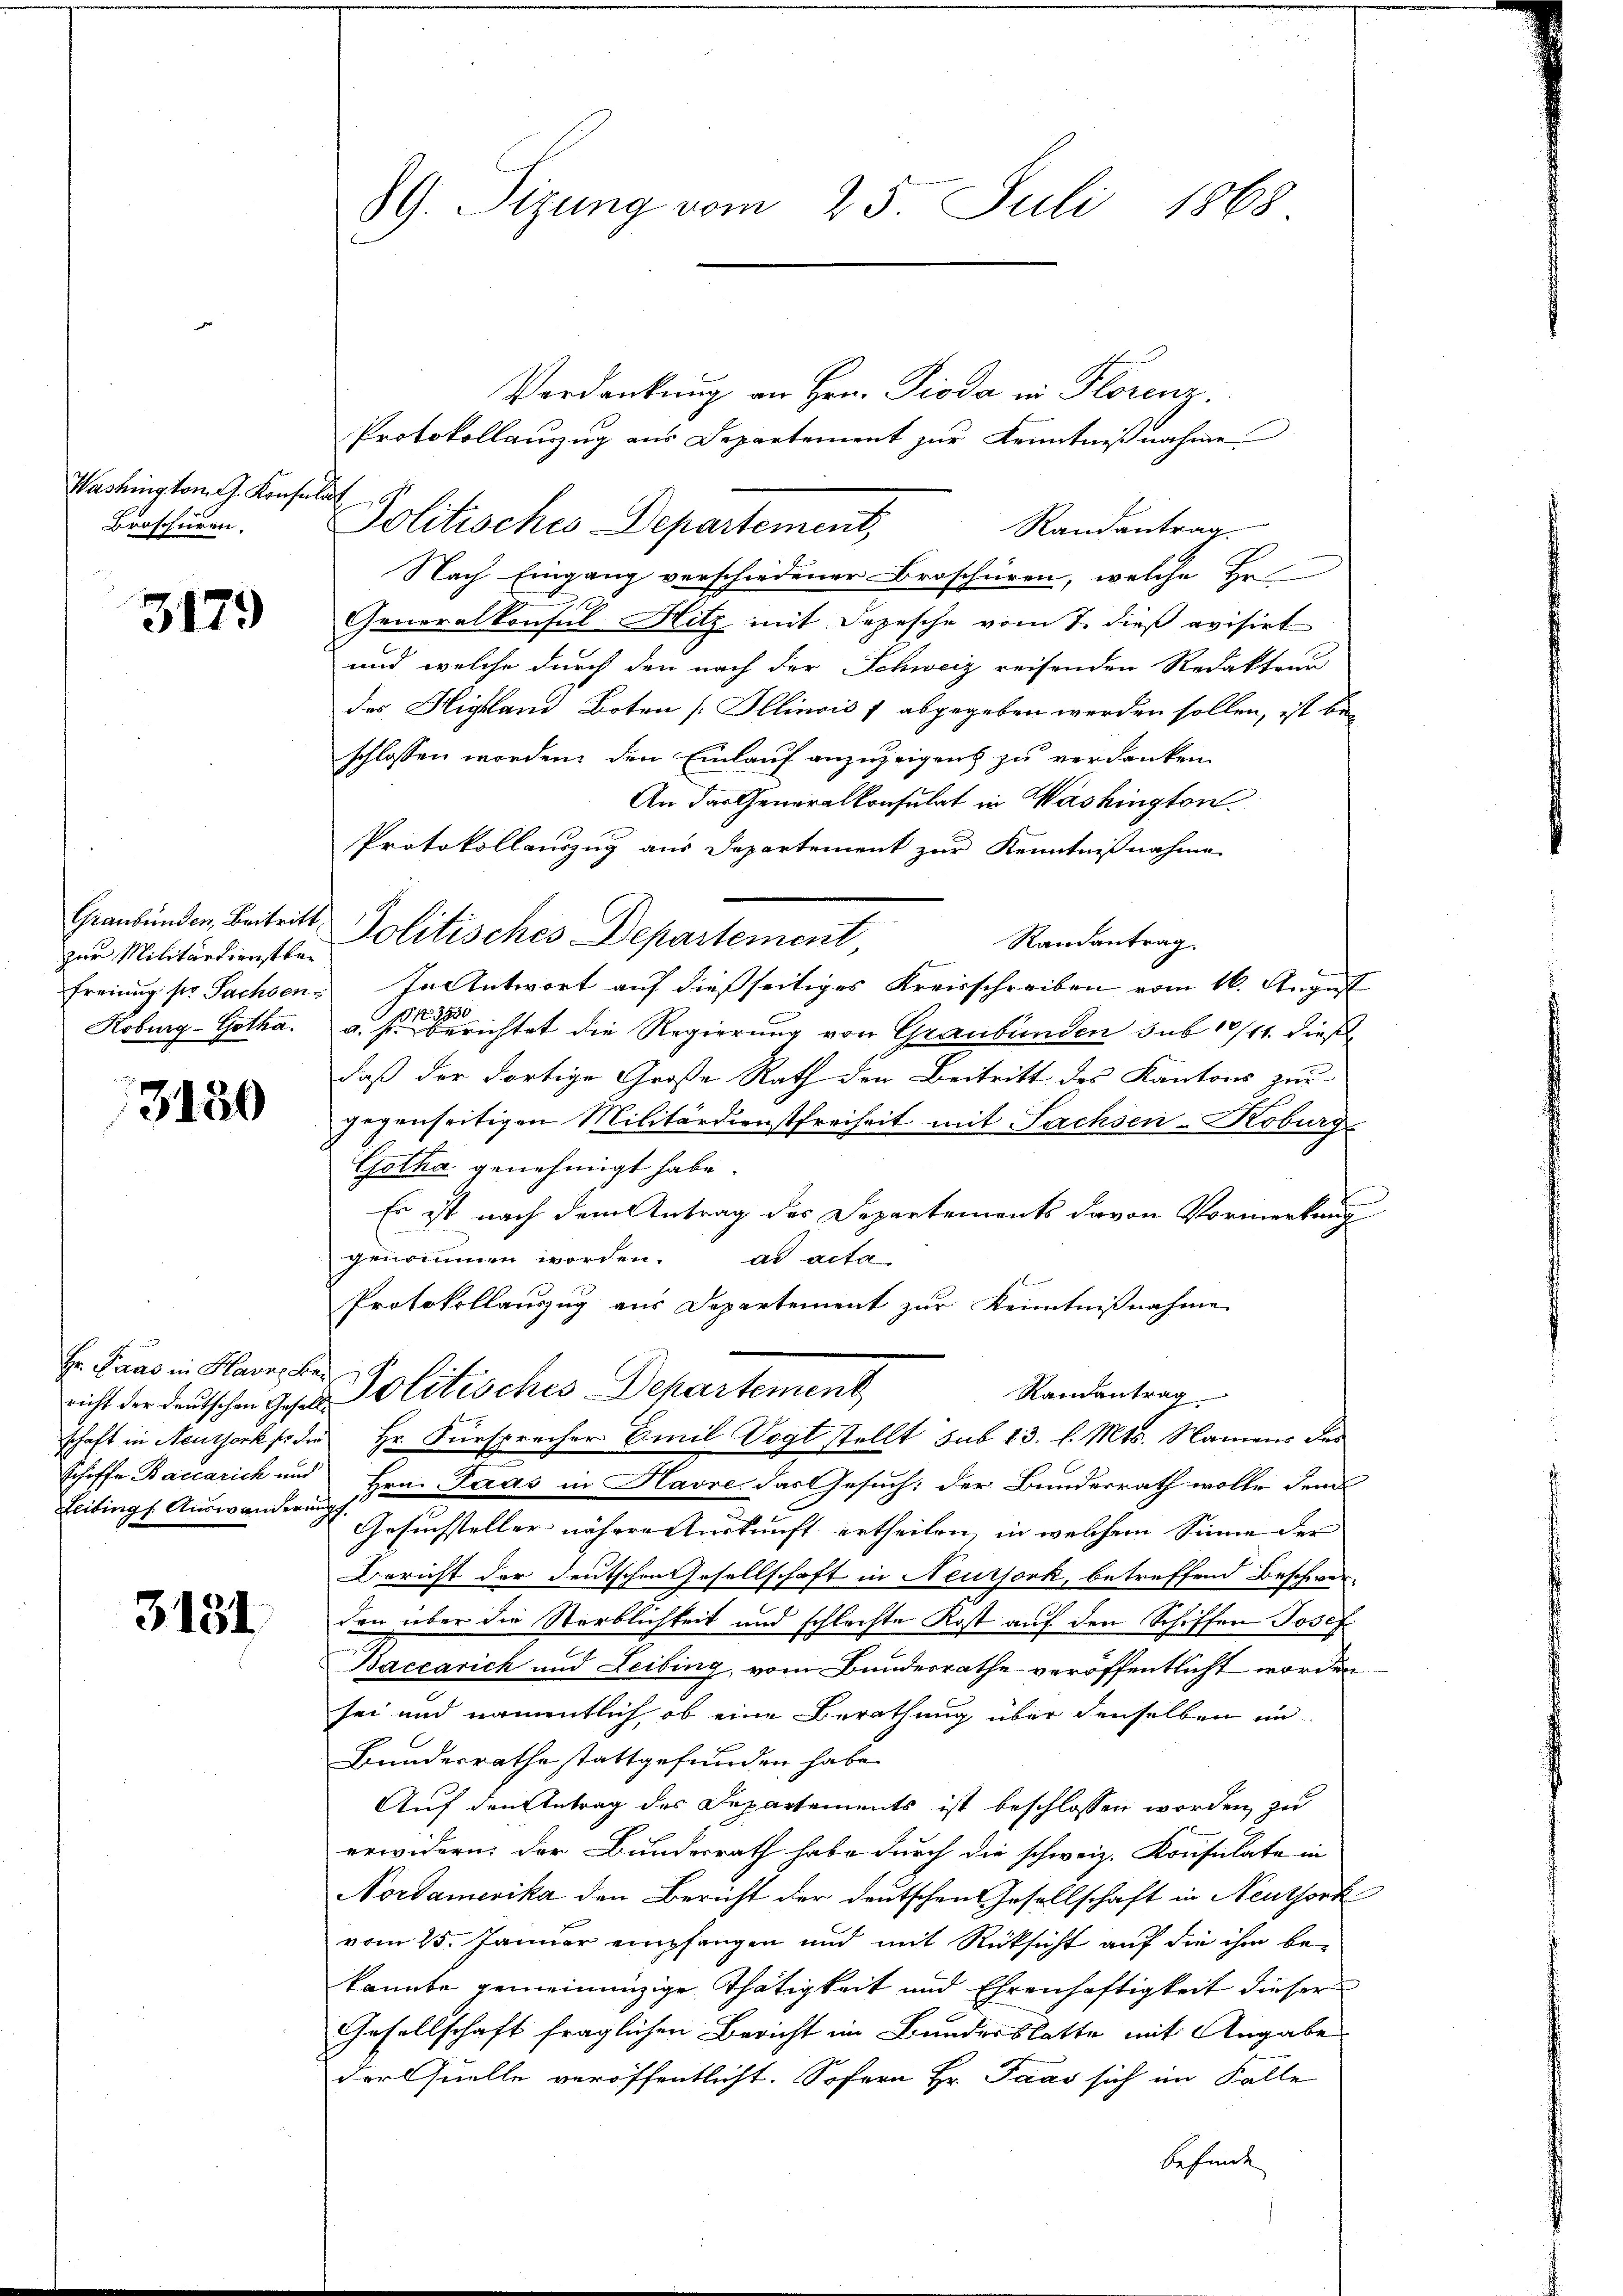
Washington G. Konsula
Broschüren.

3179

zur Militärdienstbar

3180

richt der deutschen Gesell¬
Heibtings Auswanderung

3131

89. Sizung vom 25. Juli 1868

Verdankung an Hrn. Pioda in Florenz.
Protokollauszug aus Departement zur Kenntnißnahme
Politisches Departement,
Randantrag.
Nach Eingang verschiedener Broschüren, welche Br
Generalkonsul Hitz mit Depesche vom 7. dieß evisirt
und welche durch den nach der Schweiz reisenden Redakten
des Highland Boten [Illinois / abgegeben werden sollen, ist bei
schlossen worden, den Einlauf anzuzeigen zu verdanken.
An das Generalkonsulat in Washington.
Protokollauszug aus Departement zur Kenntnißnahme
Graubünden, Beitritt Politisches Departement
Randantrag.
freiung per Sachsen. In Antwort auf dießseitiges Kreisschreiben vom 16. August
Roburg-Gotha. a. s. Berichtet die Regierung von Graubünden sub 10/11. dießdaß der dortige Große Rath den Beitritt des Kantons zur
gegenseitigen Militärdienstfreiheit mit Sachsen-Koburg.
Gotha genehmigt habe.
Es ist nach dem Antrag des Departements davon Vormerkung
genommen worden. ad acta
Protokollauszug aus Departement zur Kenntnißnahme
Hr. Faas in Havre der Politisches Departement
Randantrag
schaft in Neuthorksi die Hr. Fürsprecher Emil Vogt stellt sub 13. l. Mts. Namens des
schiffe Baccarich und Hrn. Paas in Havre das Gesuch: der Bunderrath wolle dem
Gesuchsteller näherecturkunft ertheilen, in welchem Sinne der
Bericht der deutschen Gesellschaft in Neursork, betreffend Beschwerden über die Sterblichkeit und schlechte Kost auf den Schiffen Josef
Baccarich und Leibing, vom Bundesrathe veröffentlicht worden.
sei und namentlich, ob eine Berathung über denselben in
Bundesrathe stattgefunden habe.
Auf den Antrag des Departements ist beschlossen worden zu
erwidern: der Bundesrath habe durch die schweiz. Konsulate in
Nordamerika den Bericht der deutschen Gesellschaft in Neuthork
vom 25. Januar empfangen und mit Rücksicht auf die ihm bekannte gemeinanzige Thätigkeit und Ehrenhaftigkeit dieser
Gesellschaft fraglichen Bericht im Bundesblatte mit Angabe
der Quelle veröffentlicht. Sofern Hr. Faas sich im Falle
befinde